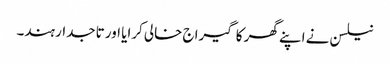
نیلسن نے اپنے گھر کا گیراج خالی کرایا اور تاجدار ہند۔